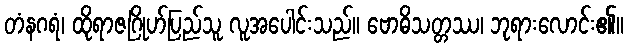
တံနဂရံ၊ ထိုရာဇဂြိုဟ်ပြည်သူ လူအပေါင်းသည်။ ဗောဓိသတ္တဿ၊ ဘုရားလောင်း၏။